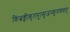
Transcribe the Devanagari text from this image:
किंत्वङ्गीकृतमुत्सृजन्कृपणवत्